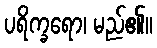
ပရိက္ခရော၊ မည်၏။